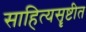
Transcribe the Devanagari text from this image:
साहित्यसॄष्टीत